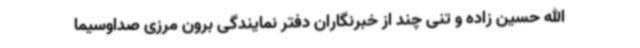
الله حسین زاده و تنی چند از خبرنگاران دفتر نمایندگی برون مرزی صداوسیما